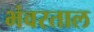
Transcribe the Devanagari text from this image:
भंवरताल